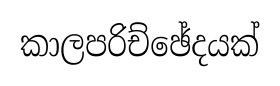
කාලපරිච්ඡේදයක්